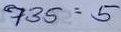
735 = 5